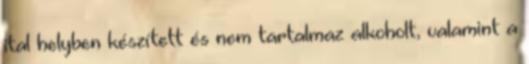
ital helyben készített és nem tartalmaz alkoholt, valamint a